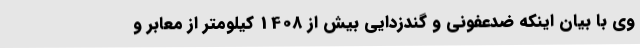
وی با بیان اینکه ضدعفونی و گندزدایی بیش از 1408 کیلومتر از معابر و